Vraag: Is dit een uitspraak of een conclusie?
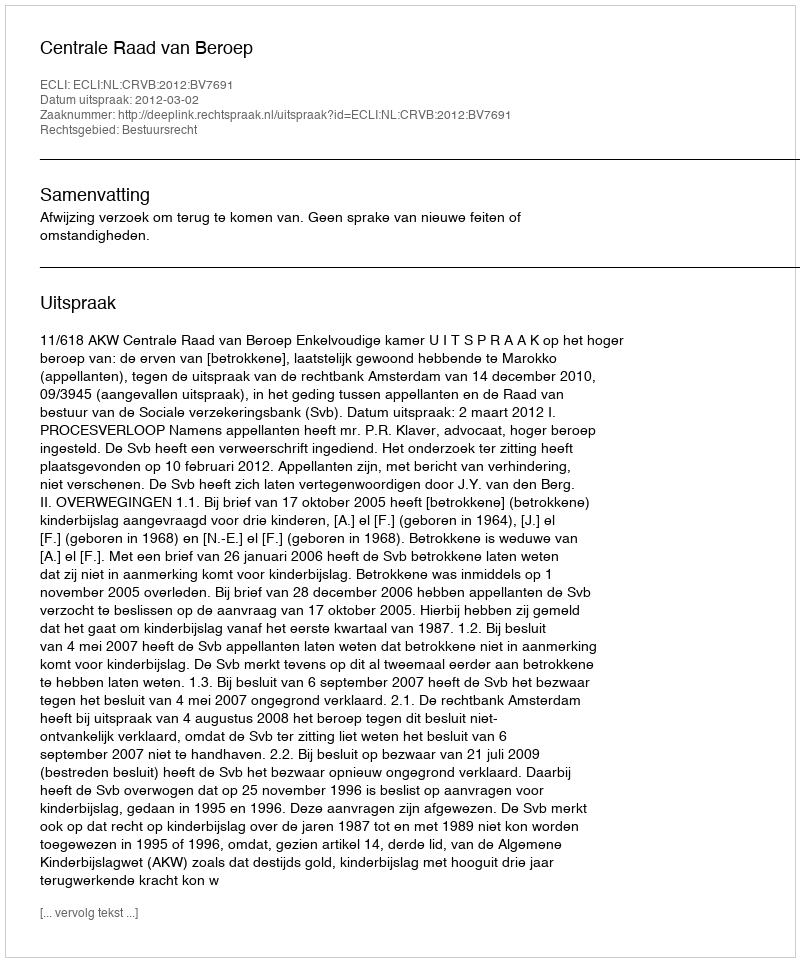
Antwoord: Uitspraak